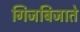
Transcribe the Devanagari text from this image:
गिजबिजाते